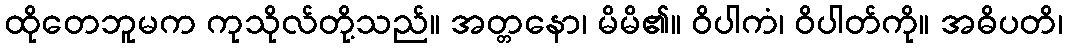
ထိုတေဘူမက ကုသိုလ်တို့သည်။ အတ္တနော၊ မိမိ၏။ ဝိပါကံ၊ ဝိပါတ်ကို။ အဓိပတိ၊